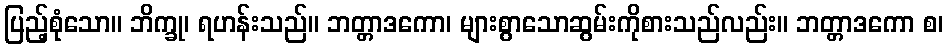
ပြည့်စုံသော။ ဘိက္ခု၊ ရဟန်းသည်။ ဘတ္တာဒကော၊ များစွာသောဆွမ်းကိုစားသည်လည်း။ ဘတ္တာဒကော စ၊